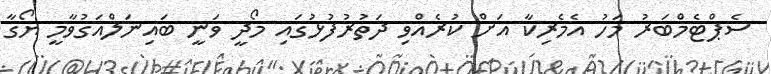
ސެޕްޓެމްބަރު މަހު އެމެރިކާ އަށް ކުރެއްވި ދަތުރުފުޅުގައި މޯދީ ވަނީ ބައިނަލްއަގުވާމީ ޔޯގާ